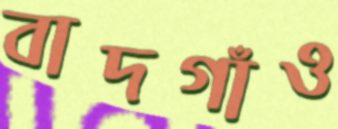
বাদগাঁও